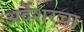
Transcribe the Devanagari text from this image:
अर्देशरचा